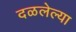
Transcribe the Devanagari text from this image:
दळलेल्या